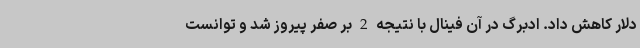
دلار کاهش داد. ادبرگ در آن فینال با نتیجه 2 بر صفر پیروز شد و توانست